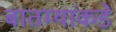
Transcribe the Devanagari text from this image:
बातम्यांकडे